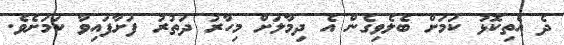
ދެ އެތިކޮޅު ކަމަށް ބެލެވިގެން އެ ދިމާލަށް މިހާރު ދަތުރު ފަށާފައިވާ ކަމަށެވެ.